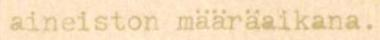
aineiston määräaikana.